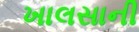
ખાલસાની